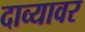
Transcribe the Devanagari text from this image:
दाव्यावर